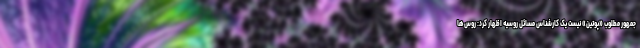
‌جمهور مطلوب «پوتین» نیست یک کارشناس مسائل روسیه اظهار کرد: روس‌ها